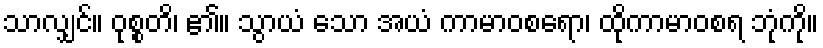
သာလျှင်။ ဝုစ္စတိ၊ ၏။ သွာယံ သော အယံ ကာမာဝစရော၊ ထိုကာမာဝစရ ဘုံကို။